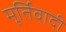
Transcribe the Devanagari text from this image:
मूर्तिवादी